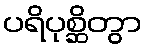
ပရိပုစ္ဆိတွာ